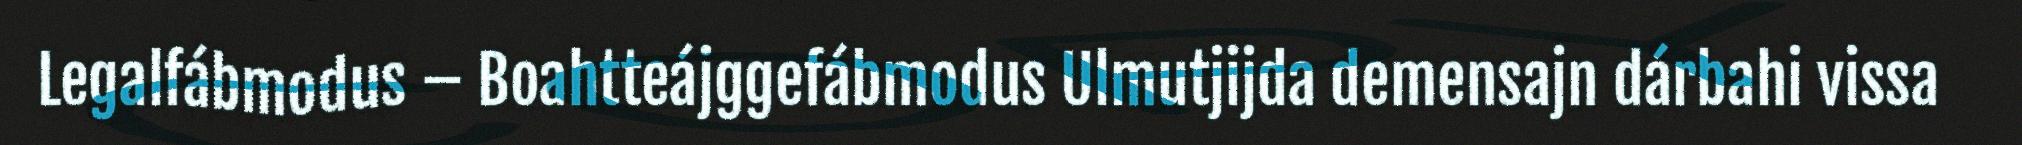
Legalfábmodus – Boahtteájggefábmodus Ulmutjijda demensajn dárbahi vissa